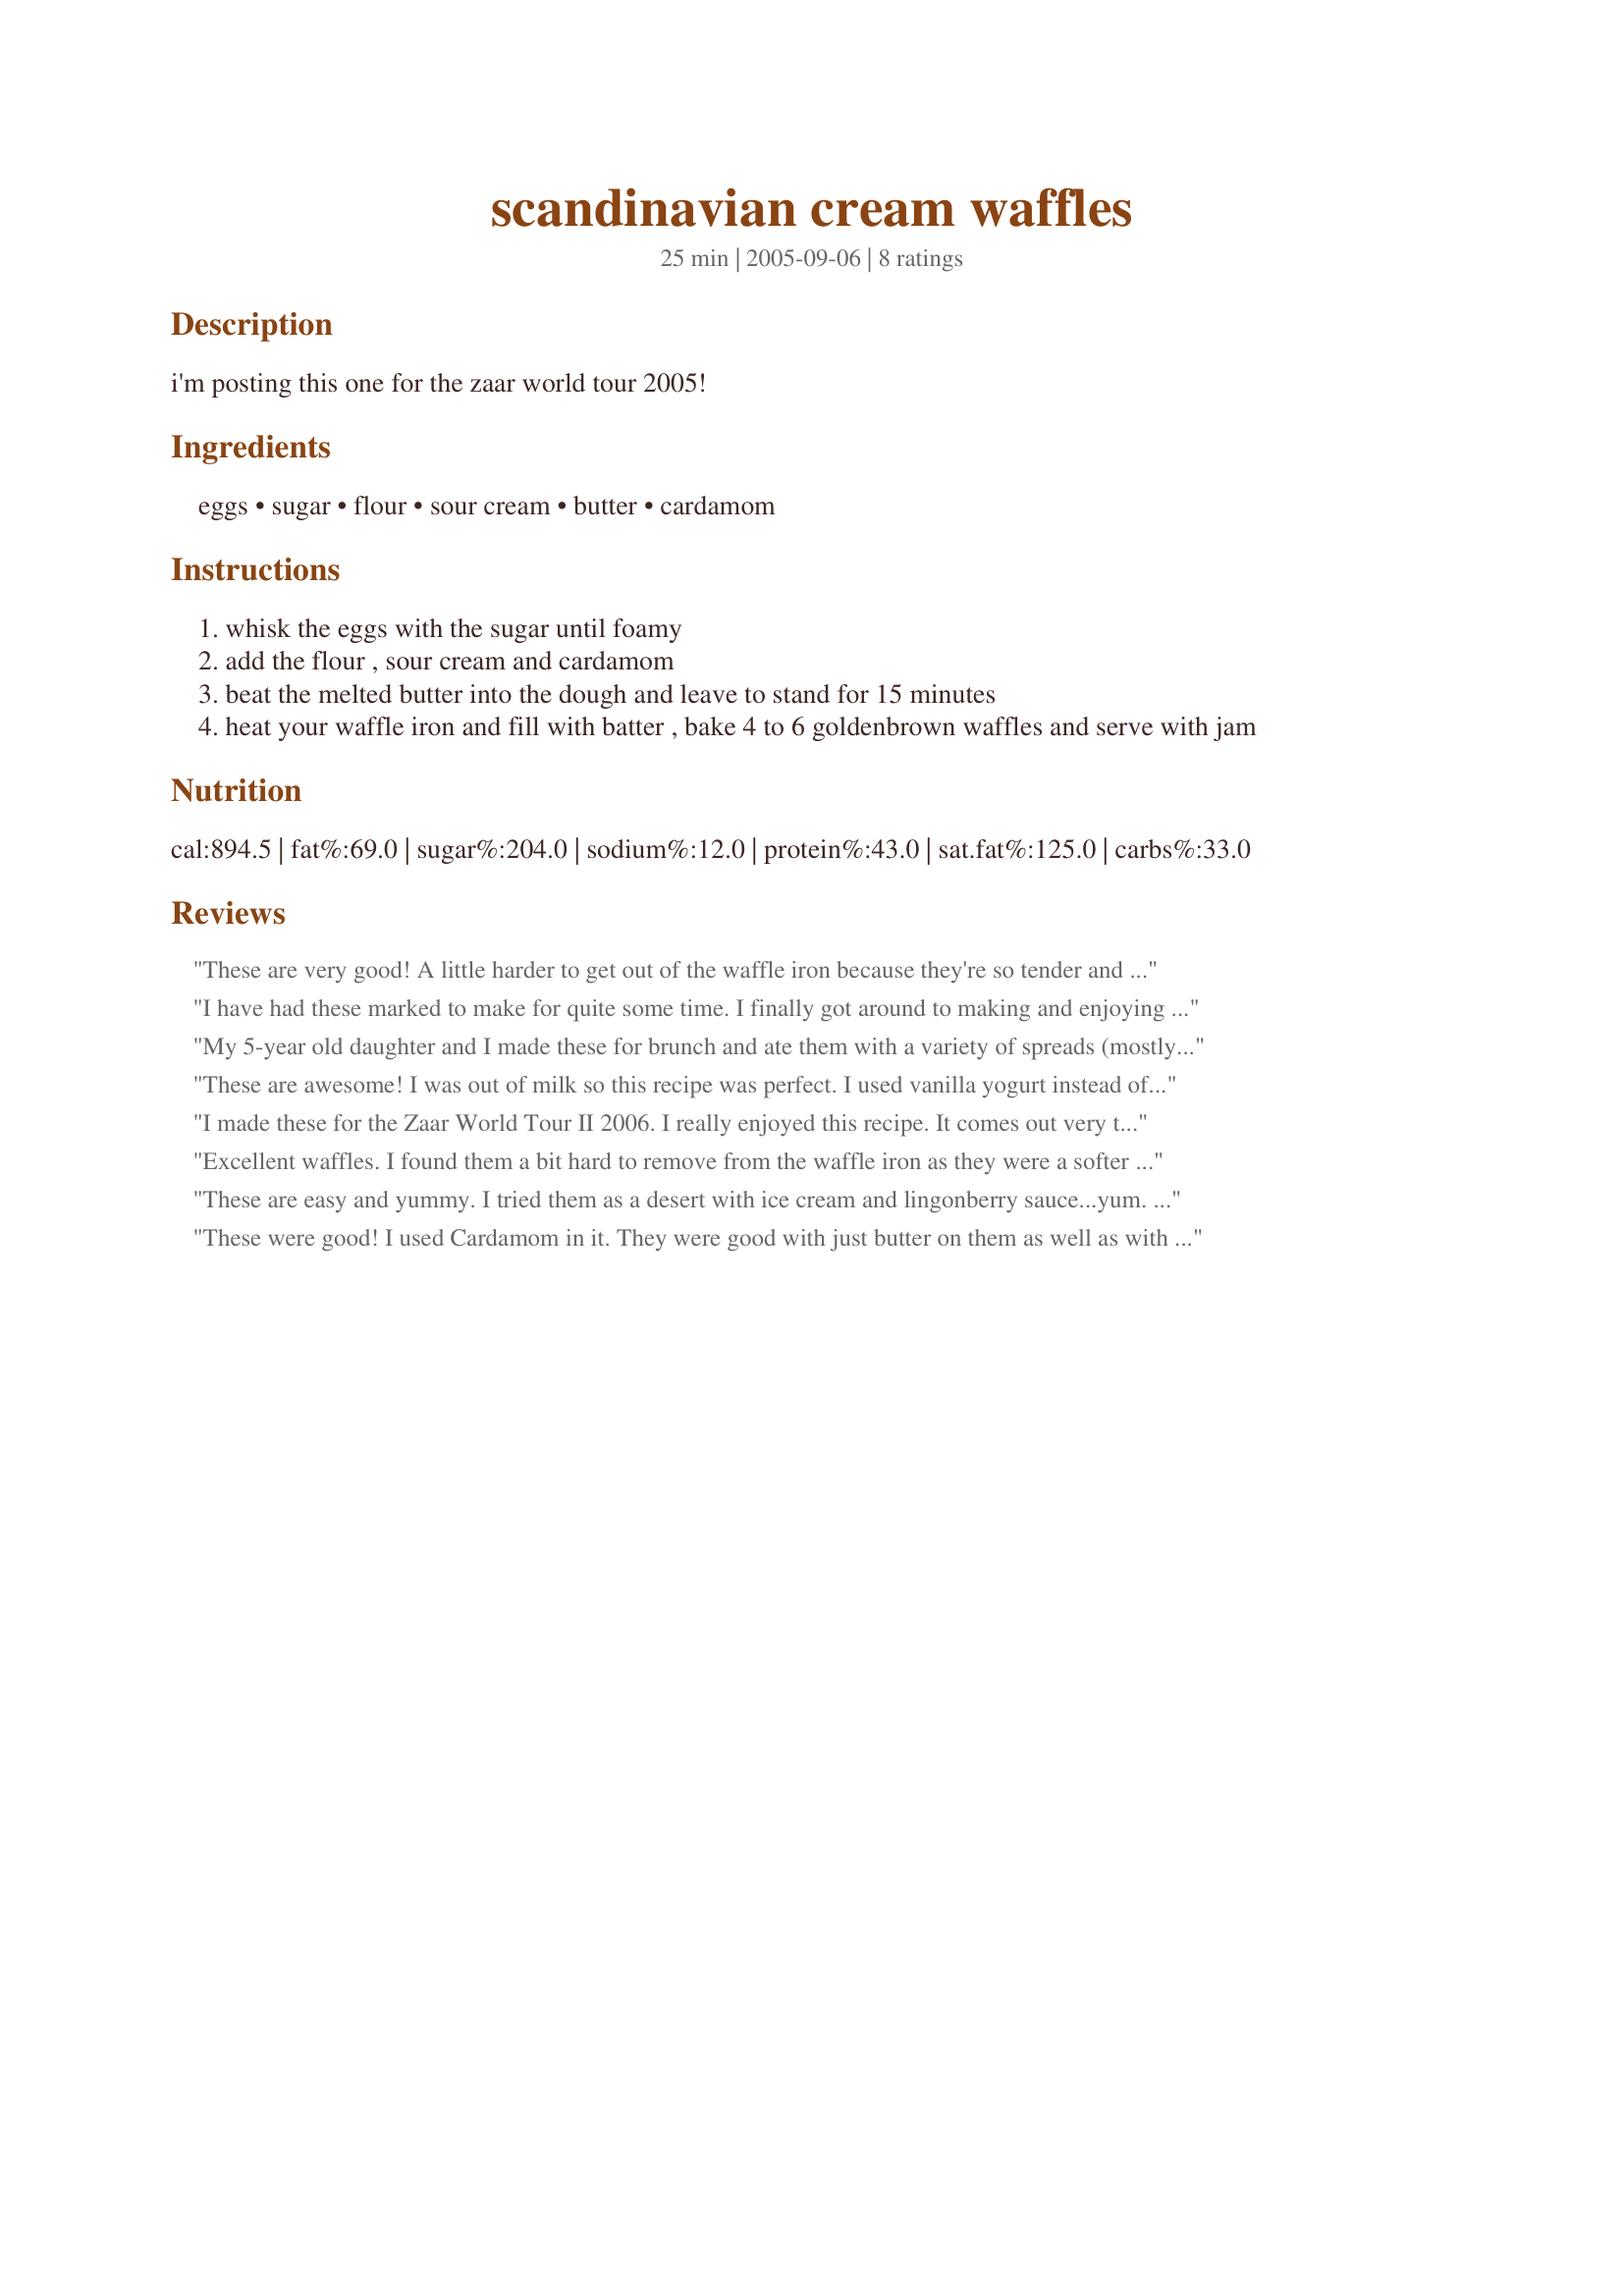
scandinavian cream waffles
Preparation time: 25 minutes

i'm posting this one for the zaar world tour 2005!

Ingredients:
eggs, sugar, flour, sour cream, butter, cardamom

Steps:
whisk the eggs with the sugar until foamy
add the flour , sour cream and cardamom
beat the melted butter into the dough and leave to stand for 15 minutes
heat your waffle iron and fill with batter , bake 4 to 6 goldenbrown waffles and serve with jam

Reviews:
These are very good! A little harder to get out of the waffle iron because they're so tender and creamy, but just delicious! I couldn't taste much of the cardamom, but that's maybe due to the orange butter and raspberry sauce I served them with. I got 4 waffles, wish I'd made more! Thanks!
I have had these marked to make for quite some time. I finally got around to making and enjoying these wonderful waffles. Instead of sour cream, I used homemade yogurt. They make the perfect amount for 2 and will go into my Then There Were 2 Cookbook. They do require slightly longer cooking time than the waffles I am use to making. I topped them off with lingonberry spread for a delicious breakfast treat.
My 5-year old daughter and I made these for brunch and ate them with a variety of spreads (mostly jams) and they were very good. I thought they had enough sweetness and mild flavor that they could be dusted with powdered sugar and eaten alone.
These are awesome! I was out of milk so this recipe was perfect. I used vanilla yogurt instead of sour cream! Double yum-mo. There was a tiny bit of sticking, just a little, but was easily remedied with a spatula. Love these waffles!!!!
I made these for the Zaar World Tour II 2006. I really enjoyed this recipe. It comes out very tastey, not that store bought taste that most waffles have. I will be making this when I can borrow the waffle maker again, or I buy one. And for these I just might do that!!
Excellent waffles. I found them a bit hard to remove from the waffle iron as they were a softer type waffle. They were very creamy in flavor and paired well with fresh fruit and whipped cream. Thank you for sharing your recipe!
These are easy and yummy. I tried them as a desert with ice cream and lingonberry sauce...yum. I did try a bite of them with maple brandy syrup and thought they went better with the fruit topping. Thanks!!
These were good! I used Cardamom in it. They were good with just butter on them as well as with syrup. These were easy to make. I will be making these again and try them with fresh fruit. Thanks for sharing your recipe.
